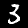
Label: 3